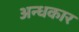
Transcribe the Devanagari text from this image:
अन्‍धकार